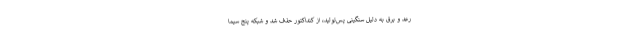
رعد و برق به دلیل سنگینی پس‌تولید، از کنداکتور حذف شد و شبکه پنج سیما